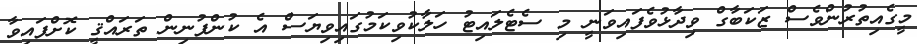
މީގެއިތުރުންވެސް ޒަކަބާގް ވިދާޅުވެފައިވަނީ މި ސެޓެލައިޓު ހަލާކުވިކަމުގައިވިޔަސް އެ ކުންފުނިން ތަރައްޤީ ކޮށްފައިވާ